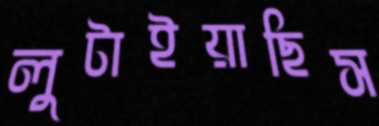
লুটাইয়াছিস